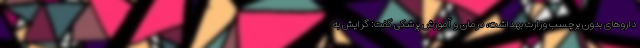
داروهای بدون برچسب وزارت بهداشت، درمان و آموزش پرشکی گفت: گرایش به